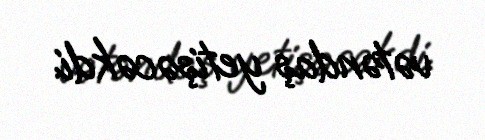
vətəndaş yetişəcəkdi.